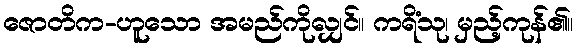
ဇောတိက-ဟူသော အမည်ကိုလျှင်။ ကရိံသု၊ မှည့်ကုန်၏။